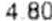
4.80